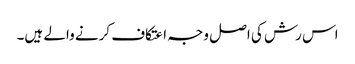
اس رش کی اصل وجہ اعتکاف کرنے والے ہیں۔